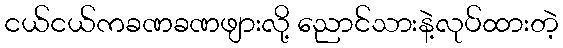
ငယ်ငယ်ကခဏခဏဖျားလို့ ညောင်သားနဲ့လုပ်ထားတဲ့